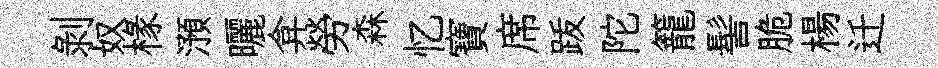
剥奴椽澦曬弇勞森忆寶席䟦陀籠髻脆楊迁